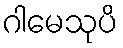
ဂါမေသုပိ